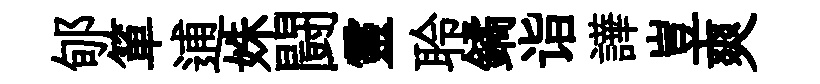
郇箪逋姝闘靈聆鐍诣譁豈爽